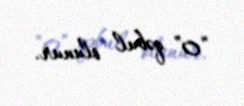
“0” qəbul olunur.